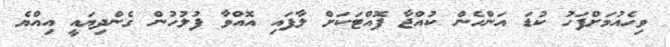
ވިހެއުމަށްފަހު ކުޑަ އަންހެން ކުއްޖާ ފޮއްޓަކަށް ލާފައި އޮއްވާ ފުލުހުން ގެންދިޔައީ އިއްޔެ